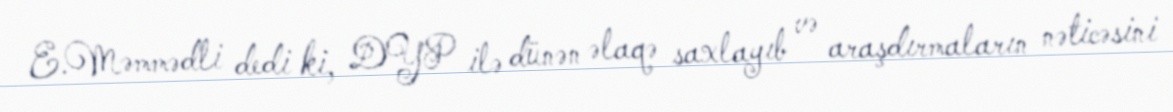
E.Məmmədli dedi ki, DYP ilə dünən əlaqə saxlayıb və araşdırmaların nəticəsini